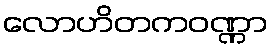
လောဟိတကဝဏ္ဏာ